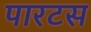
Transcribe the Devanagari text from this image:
पारटस